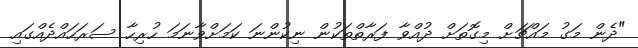
"ދެން މަގު މައްޗަށް މިގޮތަށް ދުއްވާ ފަރާތްތަކުން ނިކުންނަ ކަމަށްވާނަމަ ހުރިހާ ސަރަހައްދެއްގައި